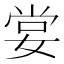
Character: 𡝣